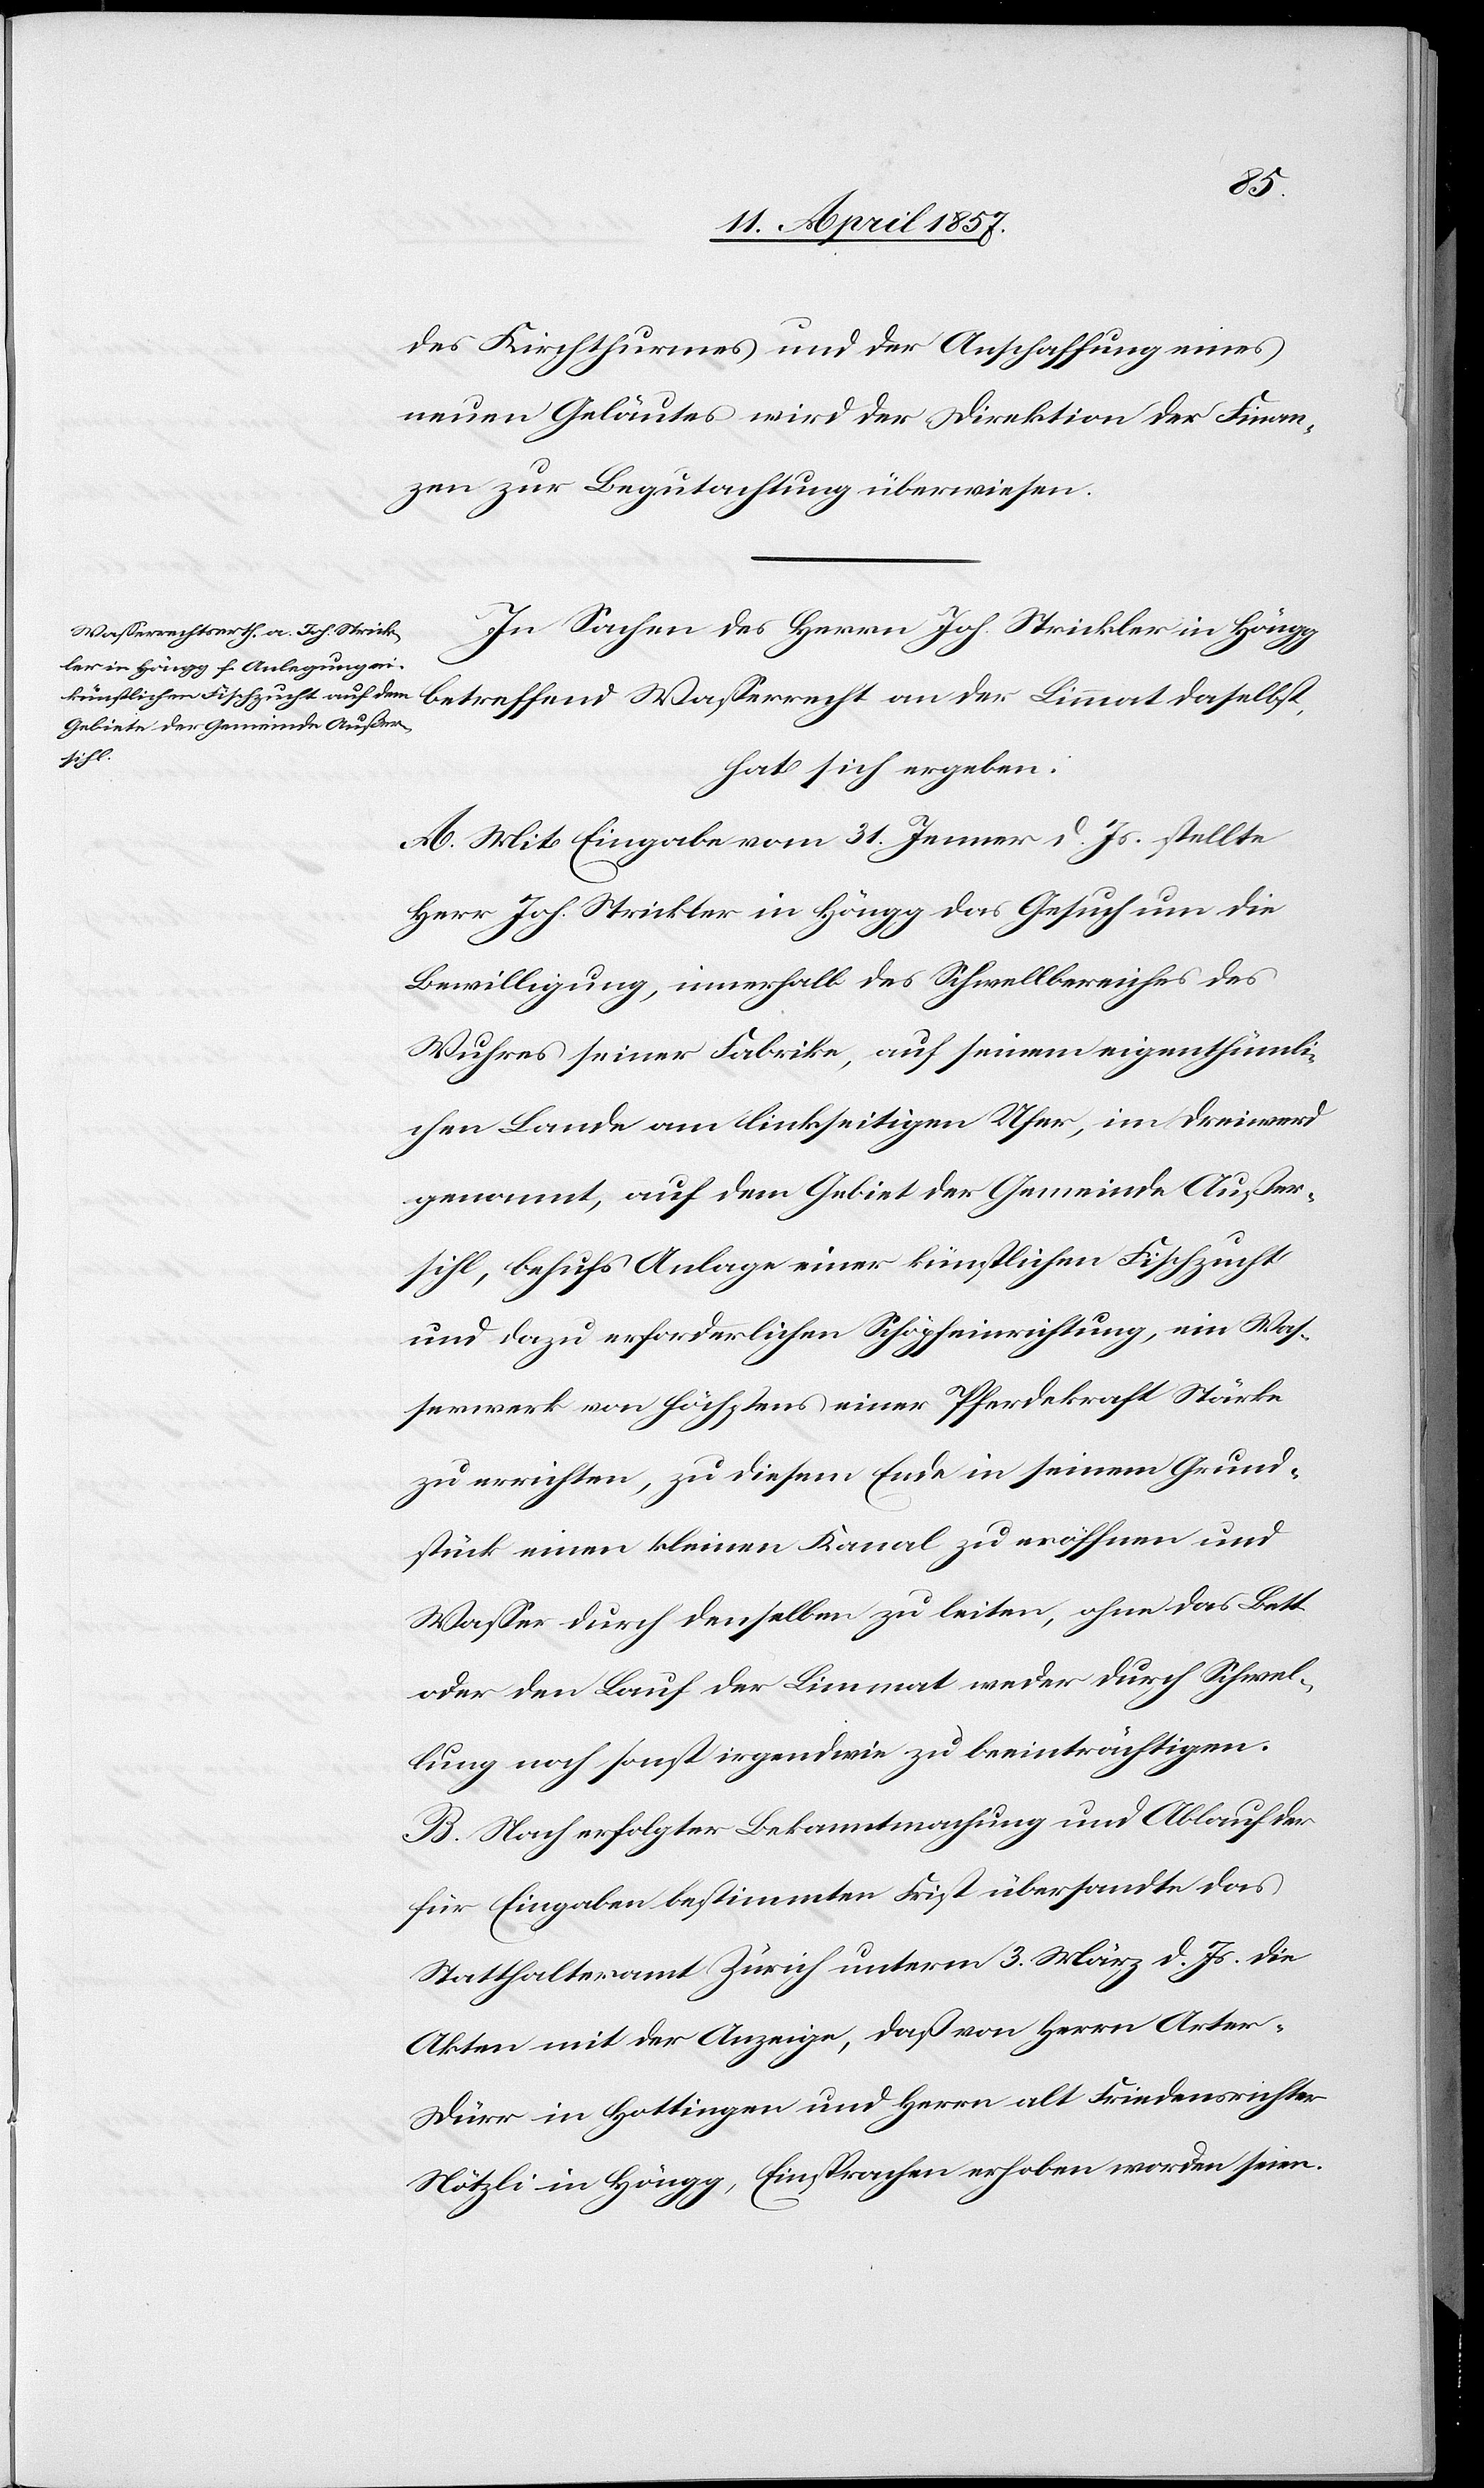
des Kirchthurmes und der Anschaffung eines
neuen Geläutes wird der Direktion der Finan¬
zen zur Begutachtung überwiesen.
In Sachen des Herrn Joh. Strickler in Höngg
betreffend Wasserrecht an der Limmat daselbst,
hat sich ergeben:
A. Mit Eingabe vom 31. Jenner d. Js. stellte
Herr Joh. Strickler in Höngg das Gesuch um die
Bewilligung, innerhalb des Schwellbereiches des
Wuhres seiner Fabrike, auf seinem eigenthümli¬
chen Lande am linkseitigen Ufer, im Dreiwerd
genannt, auf dem Gebiet der Gemeinde Außer¬
sihl, behufs Anlage einer künstlichen Fischzucht
und dazu erforderlichen Schöpfeinrichtung, ein Was¬
serwerk von höchstens einer Pferdekraft Stärke
zu errichten, zu diesem Ende in seinem Grund¬
stück einen kleinen Kanal zu eröffnen und
Wasser durch denselben zu leiten, ohne das Bett
oder den Lauf der Limmat weder durch Schwel¬
lung noch sonst irgendwie zu beeinträchtigen.
B. Nach erfolgter Bekanntmachung und Ablauf der
für Eingaben bestimmten Frist übersandte das
Statthalteramt Zürich unterm 3. März d. Js. die
Akten mit der Anzeige, daß von Herrn Arter-D¬
ürr in Hottingen und Herrn alt Friedensrichter
Nötzli in Höngg, Einsprachen erhoben worden seien.